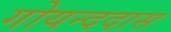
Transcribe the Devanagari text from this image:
गोयन्ददास